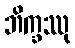
ဘိက္ခဿု